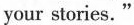
your stories."